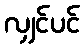
လျှင်ပင်